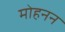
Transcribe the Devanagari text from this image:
मोहनन